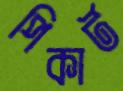
পিকার্ট